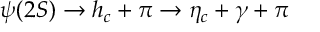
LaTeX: \psi ( 2 S ) \to h _ { c } + \pi \to \eta _ { c } + \gamma + \pi